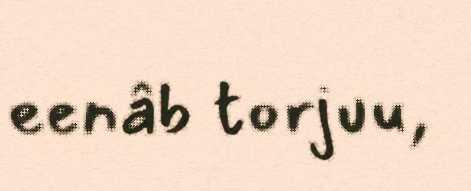
eenâb torjuu,